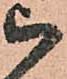
被